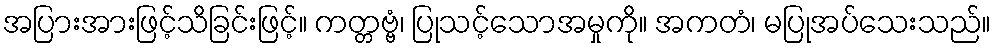
အပြားအားဖြင့်သိခြင်းဖြင့်။ ကတ္တဗ္ဗံ၊ ပြုသင့်သောအမှုကို။ အကတံ၊ မပြုအပ်သေးသည်။